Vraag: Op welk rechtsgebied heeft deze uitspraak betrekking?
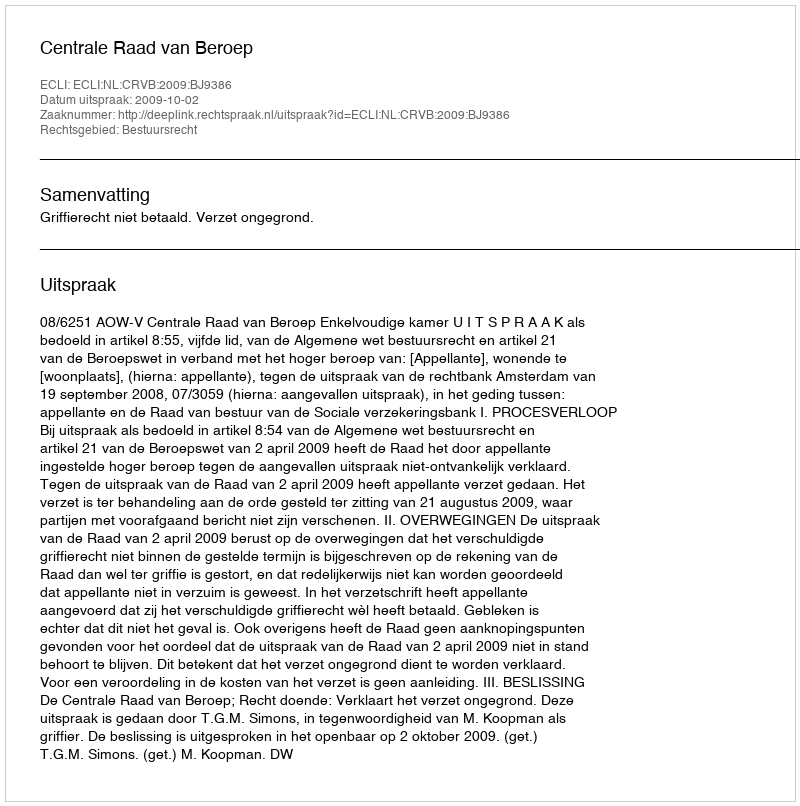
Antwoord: Bestuursrecht